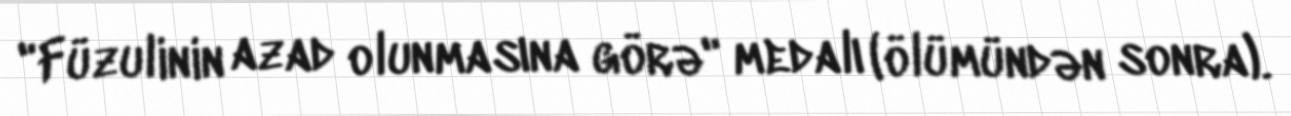
"Füzulinin azad olunmasına görə" medalı (ölümündən sonra).